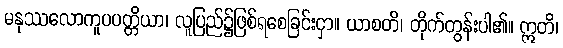
မနုဿလောကူပပတ္တိယာ၊ လူပြည်၌ဖြစ်ရစေခြင်းငှာ။ ယာစတိ၊ တိုက်တွန်းပါ၏။ ဣတိ၊